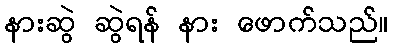
နားဆွဲ ဆွဲရန် နား ဖောက်သည်။